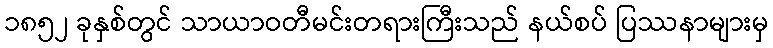
၁၈၅၂ ခုနှစ်တွင် သာယာဝတီမင်းတရားကြီးသည် နယ်စပ် ပြဿနာများမှ